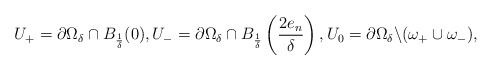
\begin{align*}U_+&=\partial \Omega_\delta\cap B_\frac{1}{\delta}(0),U_-=\partial \Omega_\delta\cap B_\frac{1}{\delta}\left(\frac{2e_n}{\delta}\right),U_0=\partial \Omega_\delta\backslash (\omega_+\cup \omega_-),\end{align*}